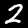
Label: 2